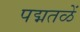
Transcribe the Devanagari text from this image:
पद्मतळें